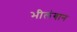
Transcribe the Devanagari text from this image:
भीलंगान